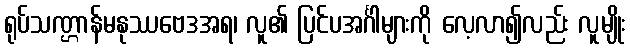
ရုပ်သဏ္ဌာန်မနုဿဗေဒအရ၊ လူ၏ ပြင်ပအင်္ဂါများကို လေ့လာ၍လည်း လူမျိုး